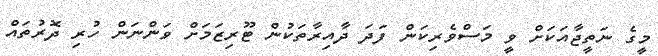
މީގެ ނަތީޖާއަކަށް ވީ މަސްވެރިކަން ފަދަ ދާއިރާތަކުން ޓޫރިޒަމަށް ވަންނަން ހުރި ދޮރުތައް